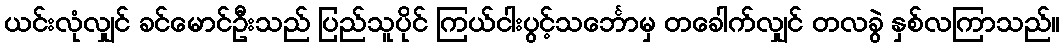
ယင်းလုံလျှင် ခင်မောင်ဦးသည် ပြည်သူပိုင် ကြယ်ငါးပွင့်သင်္ဘောမှ တခေါက်လျှင် တလခွဲ နှစ်လကြာသည်။